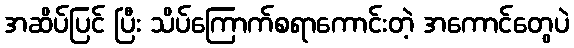
အဆိပ်ပြင် ပြီး သိပ်ကြောက်စရာကောင်းတဲ့ အကောင်တွေပဲ